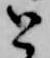
と